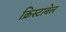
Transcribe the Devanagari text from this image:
क्रिस्टाबेल